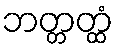
ဘတ္တတ္ထံ